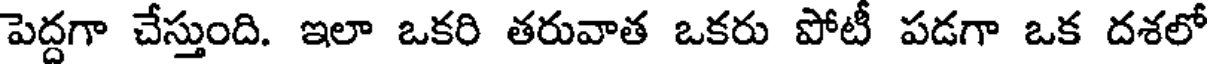
పెద్దగా చేస్తుంది. ఇలా ఒకరి తరువాత ఒకరు పోటీ పడగా ఒక దశలో